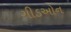
ગીડઓન